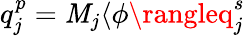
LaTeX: q_{j}^{p}=\mathit{M}_{j}\langle\phi\rangleq_{j}^{s}